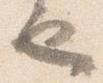
也